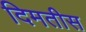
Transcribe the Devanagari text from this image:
दिमतीस